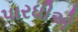
પારધીએ